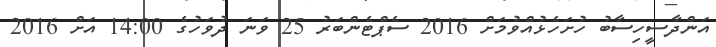
އަންދާސީހިސާބު ހުށަހެޅުއްވުމަށް 2016 ސެޕްޓެންބަރު 25 ވަނަ ދުވަހުގެ 14:00 އަށް 2016